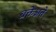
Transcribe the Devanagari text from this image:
ब्रक्तेअते